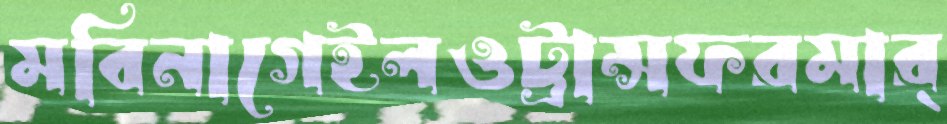
মবিনাগেইলওট্রান্সফরমার্